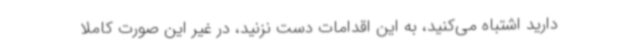
دارید اشتباه می‌کنید، به این اقدامات دست نزنید، در غیر این صورت کاملا